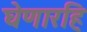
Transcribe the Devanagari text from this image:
घेणारहि